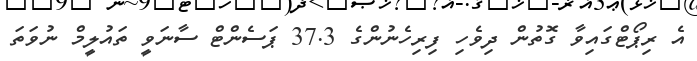
އެ ރިޕޯޓްގައިވާ ގޮތުން ދިވެހި ފިރިހެނުންގެ 37.3 ޕަސެންޓް ސާނަވީ ތައުލީމް ނުވަތަ